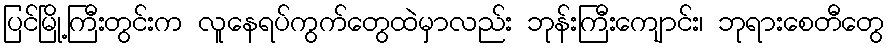
ပြင်မြို့ကြီးတွင်းက လူနေရပ်ကွက်တွေထဲမှာလည်း ဘုန်းကြီးကျောင်း၊ ဘုရားစေတီတွေ